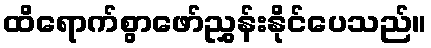
ထိရောက်စွာဖော်ညွှန်းနိုင်ပေသည်။